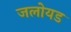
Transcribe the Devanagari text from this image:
जलोयड